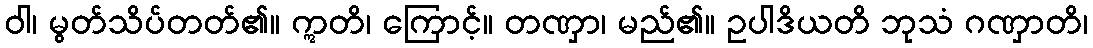
ဝါ၊ မွတ်သိပ်တတ်၏။ ဣတိ၊ ကြောင့်။ တဏှာ၊ မည်၏။ ဥပါဒိယတိ ဘုသံ ဂဏှာတိ၊